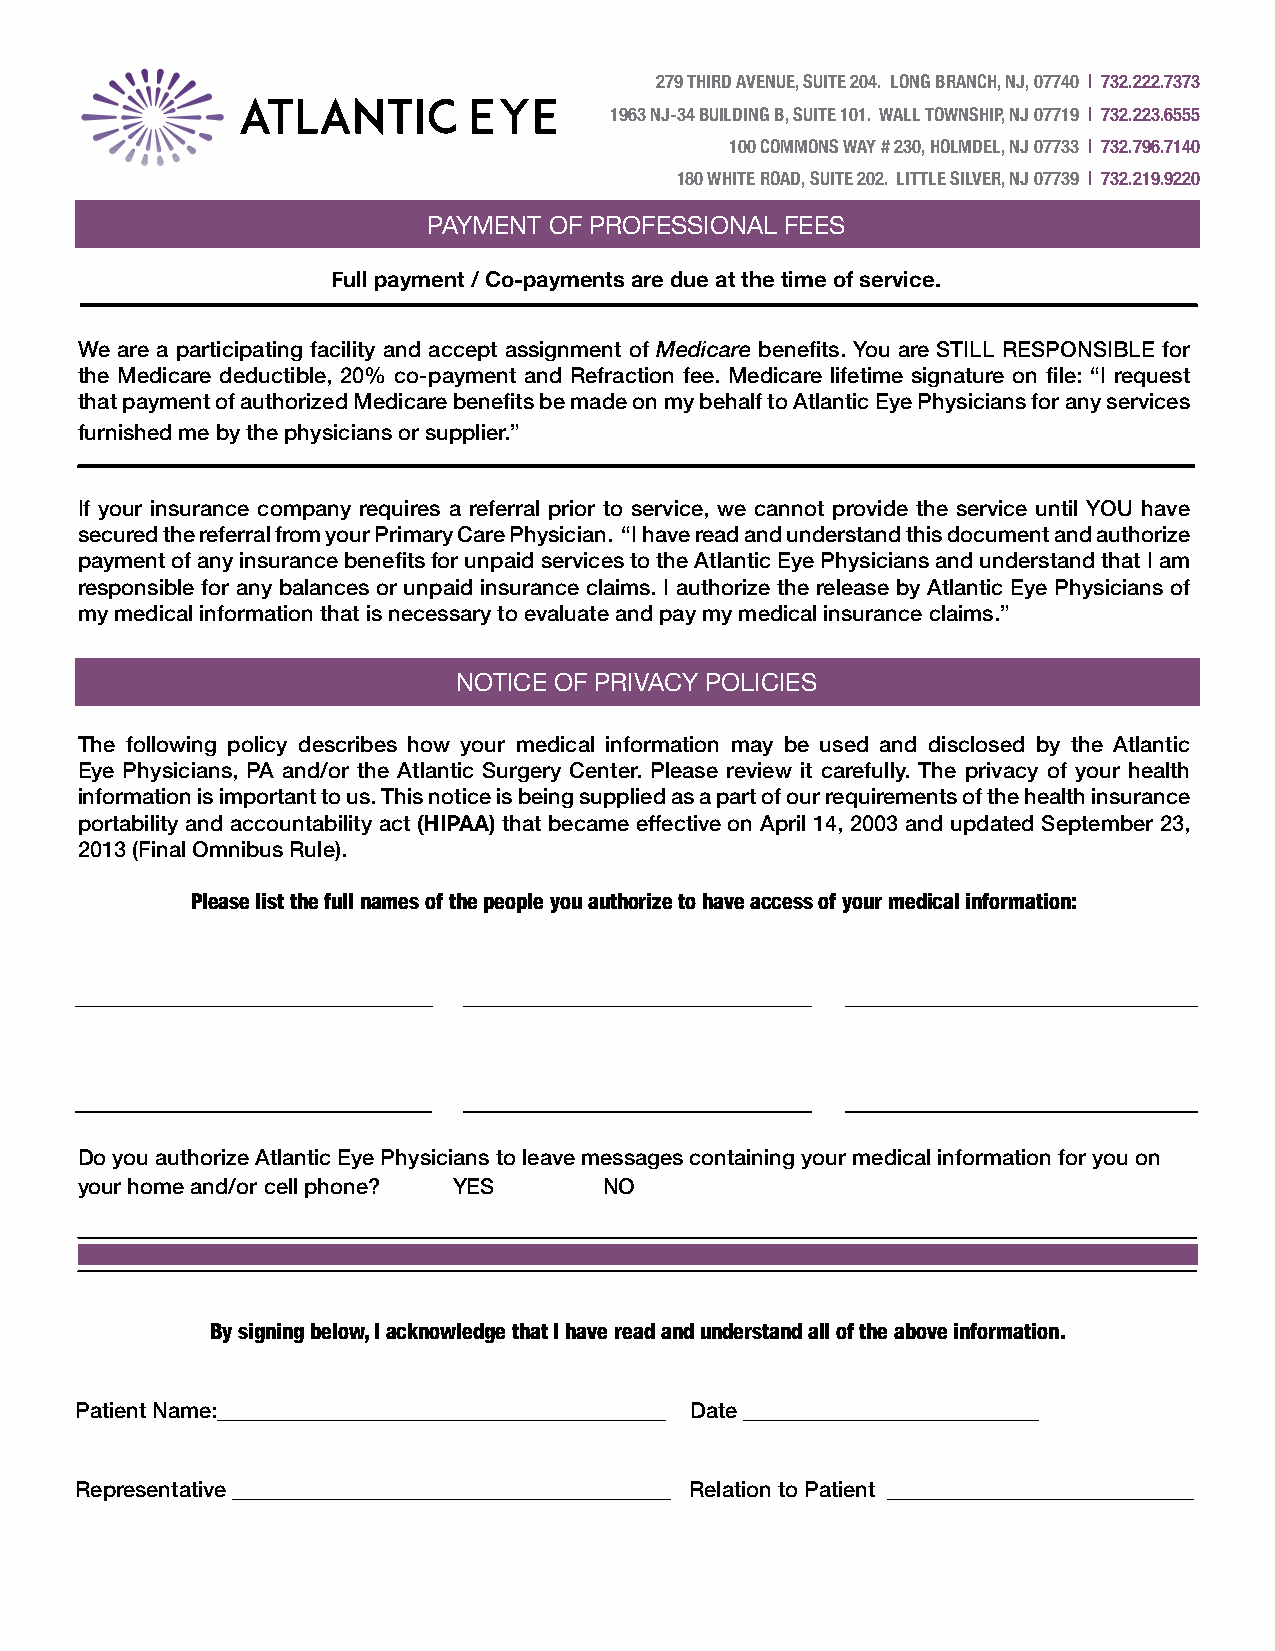
279 THIRD AVENUE, SUITE 204. LONG BRANCH, NJ, 07740 | 732.222.7373
 1963 NJ-34 BUILDING B, SUITE 101. WALL TOWNSHIP, NJ 07719 | 732.223.6555
 100 COMMONS WAY # 230, HOLMDEL, NJ 07733 | 732.796.7140
 180 WHITE ROAD, SUITE 202. LITTLE SILVER, NJ 07739 | 732.219.9220
 PAYMENT OF PROFESSIONAL FEES
 Full payment / Co-payments are due at the time of service.
 We are a participating facility and accept assignment of Medicare benefits. You are STILL RESPONSIBLE for
 the Medicare deductible, 20% co-payment and Refraction fee. Medicare lifetime signature on file: “I request
 that payment of authorized Medicare benefits be made on my behalf to Atlantic Eye Physicians for any services
 furnished me by the physicians or supplier.”
 If your insurance company requires a referral prior to service, we cannot provide the service until YOU have
 secured the referral from your Primary Care Physician. “I have read and understand this document and authorize
 payment of any insurance benefits for unpaid services to the Atlantic Eye Physicians and understand that I am
 responsible for any balances or unpaid insurance claims. I authorize the release by Atlantic Eye Physicians of
 my medical information that is necessary to evaluate and pay my medical insurance claims.”
 NOTICE OF PRIVACY POLICIES
 The following policy describes how your medical information may be used and disclosed by the Atlantic
 Eye Physicians, PA and/or the Atlantic Surgery Center. Please review it carefully. The privacy of your health
 information is important to us. This notice is being supplied as a part of our requirements of the health insurance
 portability and accountability act (HIPAA) that became effective on April 14, 2003 and updated September 23,
 2013 (Final Omnibus Rule).
 Please list the full names of the people you authorize to have access of your medical information:
 Do you authorize Atlantic Eye Physicians to leave messages containing your medical information for you on
 your home and/or cell phone? YES   NO
 By signing below, I acknowledge that I have read and understand all of the above information.
 Patient Name:_________________________________________ Date ___________________________
 Representative ________________________________________ Relation to Patient ____________________________